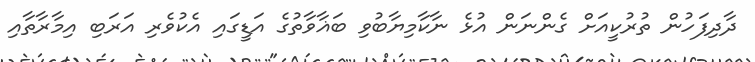
ދާދިފަހުން ތުރުކީއަށް ގެންނަން އުޅެ ނާކާމިޔާބުވި ބަޣާވާތުގެ އަޑީގައި އެކުވެރި އަރަބި އިމާރާތާއި